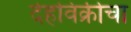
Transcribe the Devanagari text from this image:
देहविक्रीचा